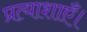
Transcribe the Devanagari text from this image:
प्रत्याशाएँ।